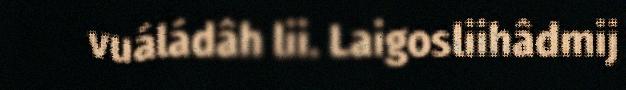
vuáládâh lii. Laigosliihâdmij